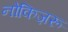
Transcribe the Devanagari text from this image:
नोकिज़रू